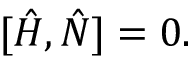
[ \hat { H } , \hat { N } ] = 0 .